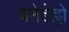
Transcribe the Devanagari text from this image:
बेनेडेट्टो